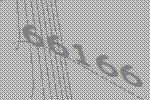
66166